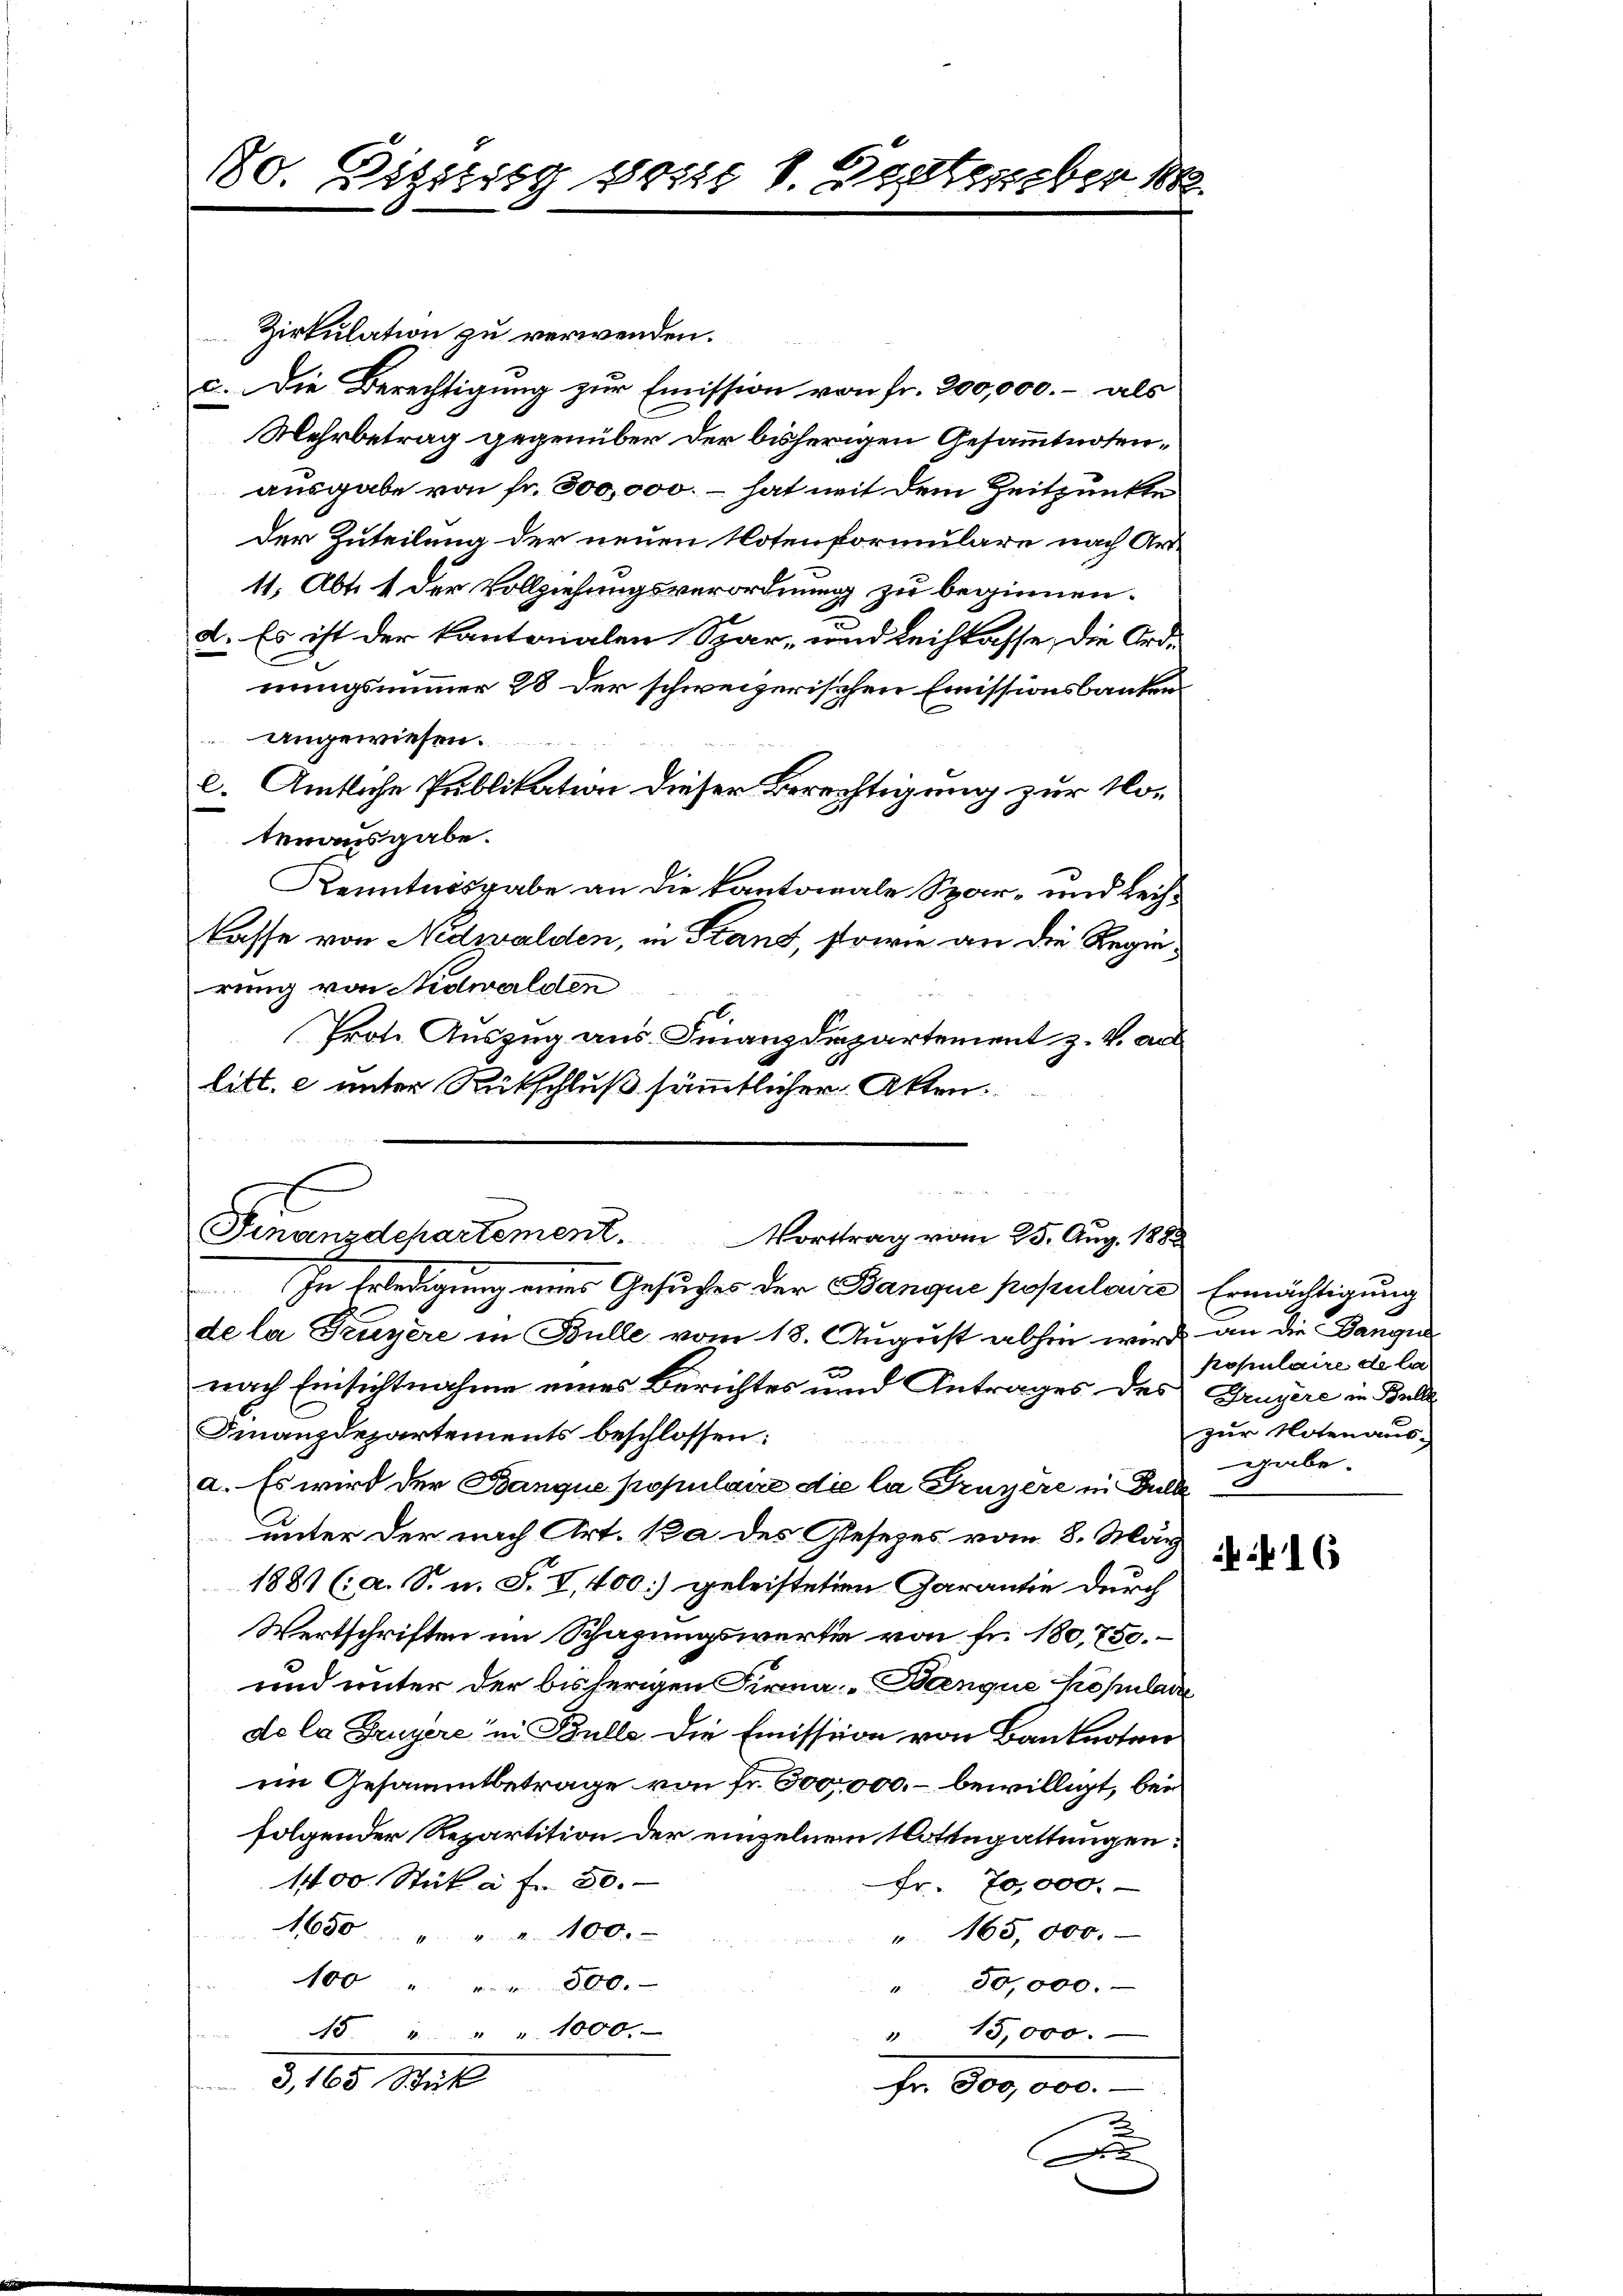
80. Diszig, sont 1. Deptember 188

Zirkulation zu verwenden.
c. Die Berechtigung zur Emission von fr. 200,000.- als
Mehrbetrag gegenüber der bisherigen Gesammtnosenausgabe von fr. 300,000. – hat mit dem Zeitpunkte
Der Zuteilung der neuen Notenformulare nach Art¬
11, Abt. 1 der Vollziehungsverordnung zu beginnen.
2. Es ist der kantonalen Spar- und Leihkasse, die Ord-
nungsnummer 28 der schweizerischen Emissionsbanken
angewiesen.
l. Amtliche Publikation dieser Berechtigung zur Notenausgabe.
Kenntnisgabe an die kantonale Spar- und Leihlasse von Nidwalden, in Stand, sowie an die Regierung von Nidwalden
Prote Auszug aus Finanzdepartement z. V. aus
litt. e unter Rückschluß sämmtlicher Akten.

Finanzdepartement. Vorttrag vom 25. Aug. 1882

In Erledigung eines Gesuches der Banque populaire Ermächtigung
de la Truyère in Bulle vom 18. August abhin wird an die Bangul
nach Einsichtnahme eines Berichtes und Antrages des Gruyère in Bell
Finanzdepartements beschlossen:
a. Es wird der Banque populaire die la Gruyère in Bulle
unter der nach Art. ka des Gesezes vom 8. März
1881 (: a. S. u. S. V, 400] geleisteten Garantie durch
Wertschriften im Schazungswerte von fr. 180,750.
und unter der bisherigen Firma Banque Kopulare
do la Bruyere“ in Bulls. Die Emission von Banknoten
im Gesammtbetrage von fr. 300,000.- bewilligt, bei
folgender Repartition der einzelnen Notttegattungen:
1400. Stück à f. 30.
Fr. 70,000.
1650 " " " 100.
" 165,000.
100 " " " 800.
" 50,000.
15 " " " 1000.
" 15,000.
G,165. Seite
Fr. 800,000.-
.
n

populaire de la
zur Notenaus-
gabe.

16